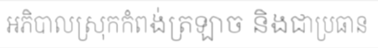
អភិបាលស្រុកកំពង់ត្រឡាច និងជាប្រធាន